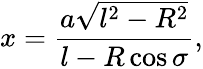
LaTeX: x=\frac{a\sqrt{l^{2}-R^{2}}}{l-R\cos\sigma},